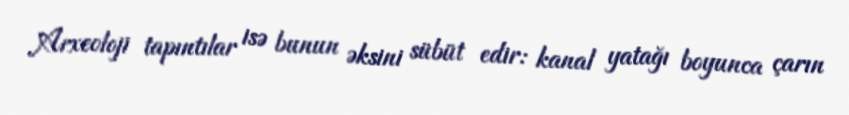
Arxeoloji tapıntılar isə bunun əksini sübüt edir: kanal yatağı boyunca çarın